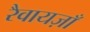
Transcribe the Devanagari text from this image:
रैवायज़ाँ